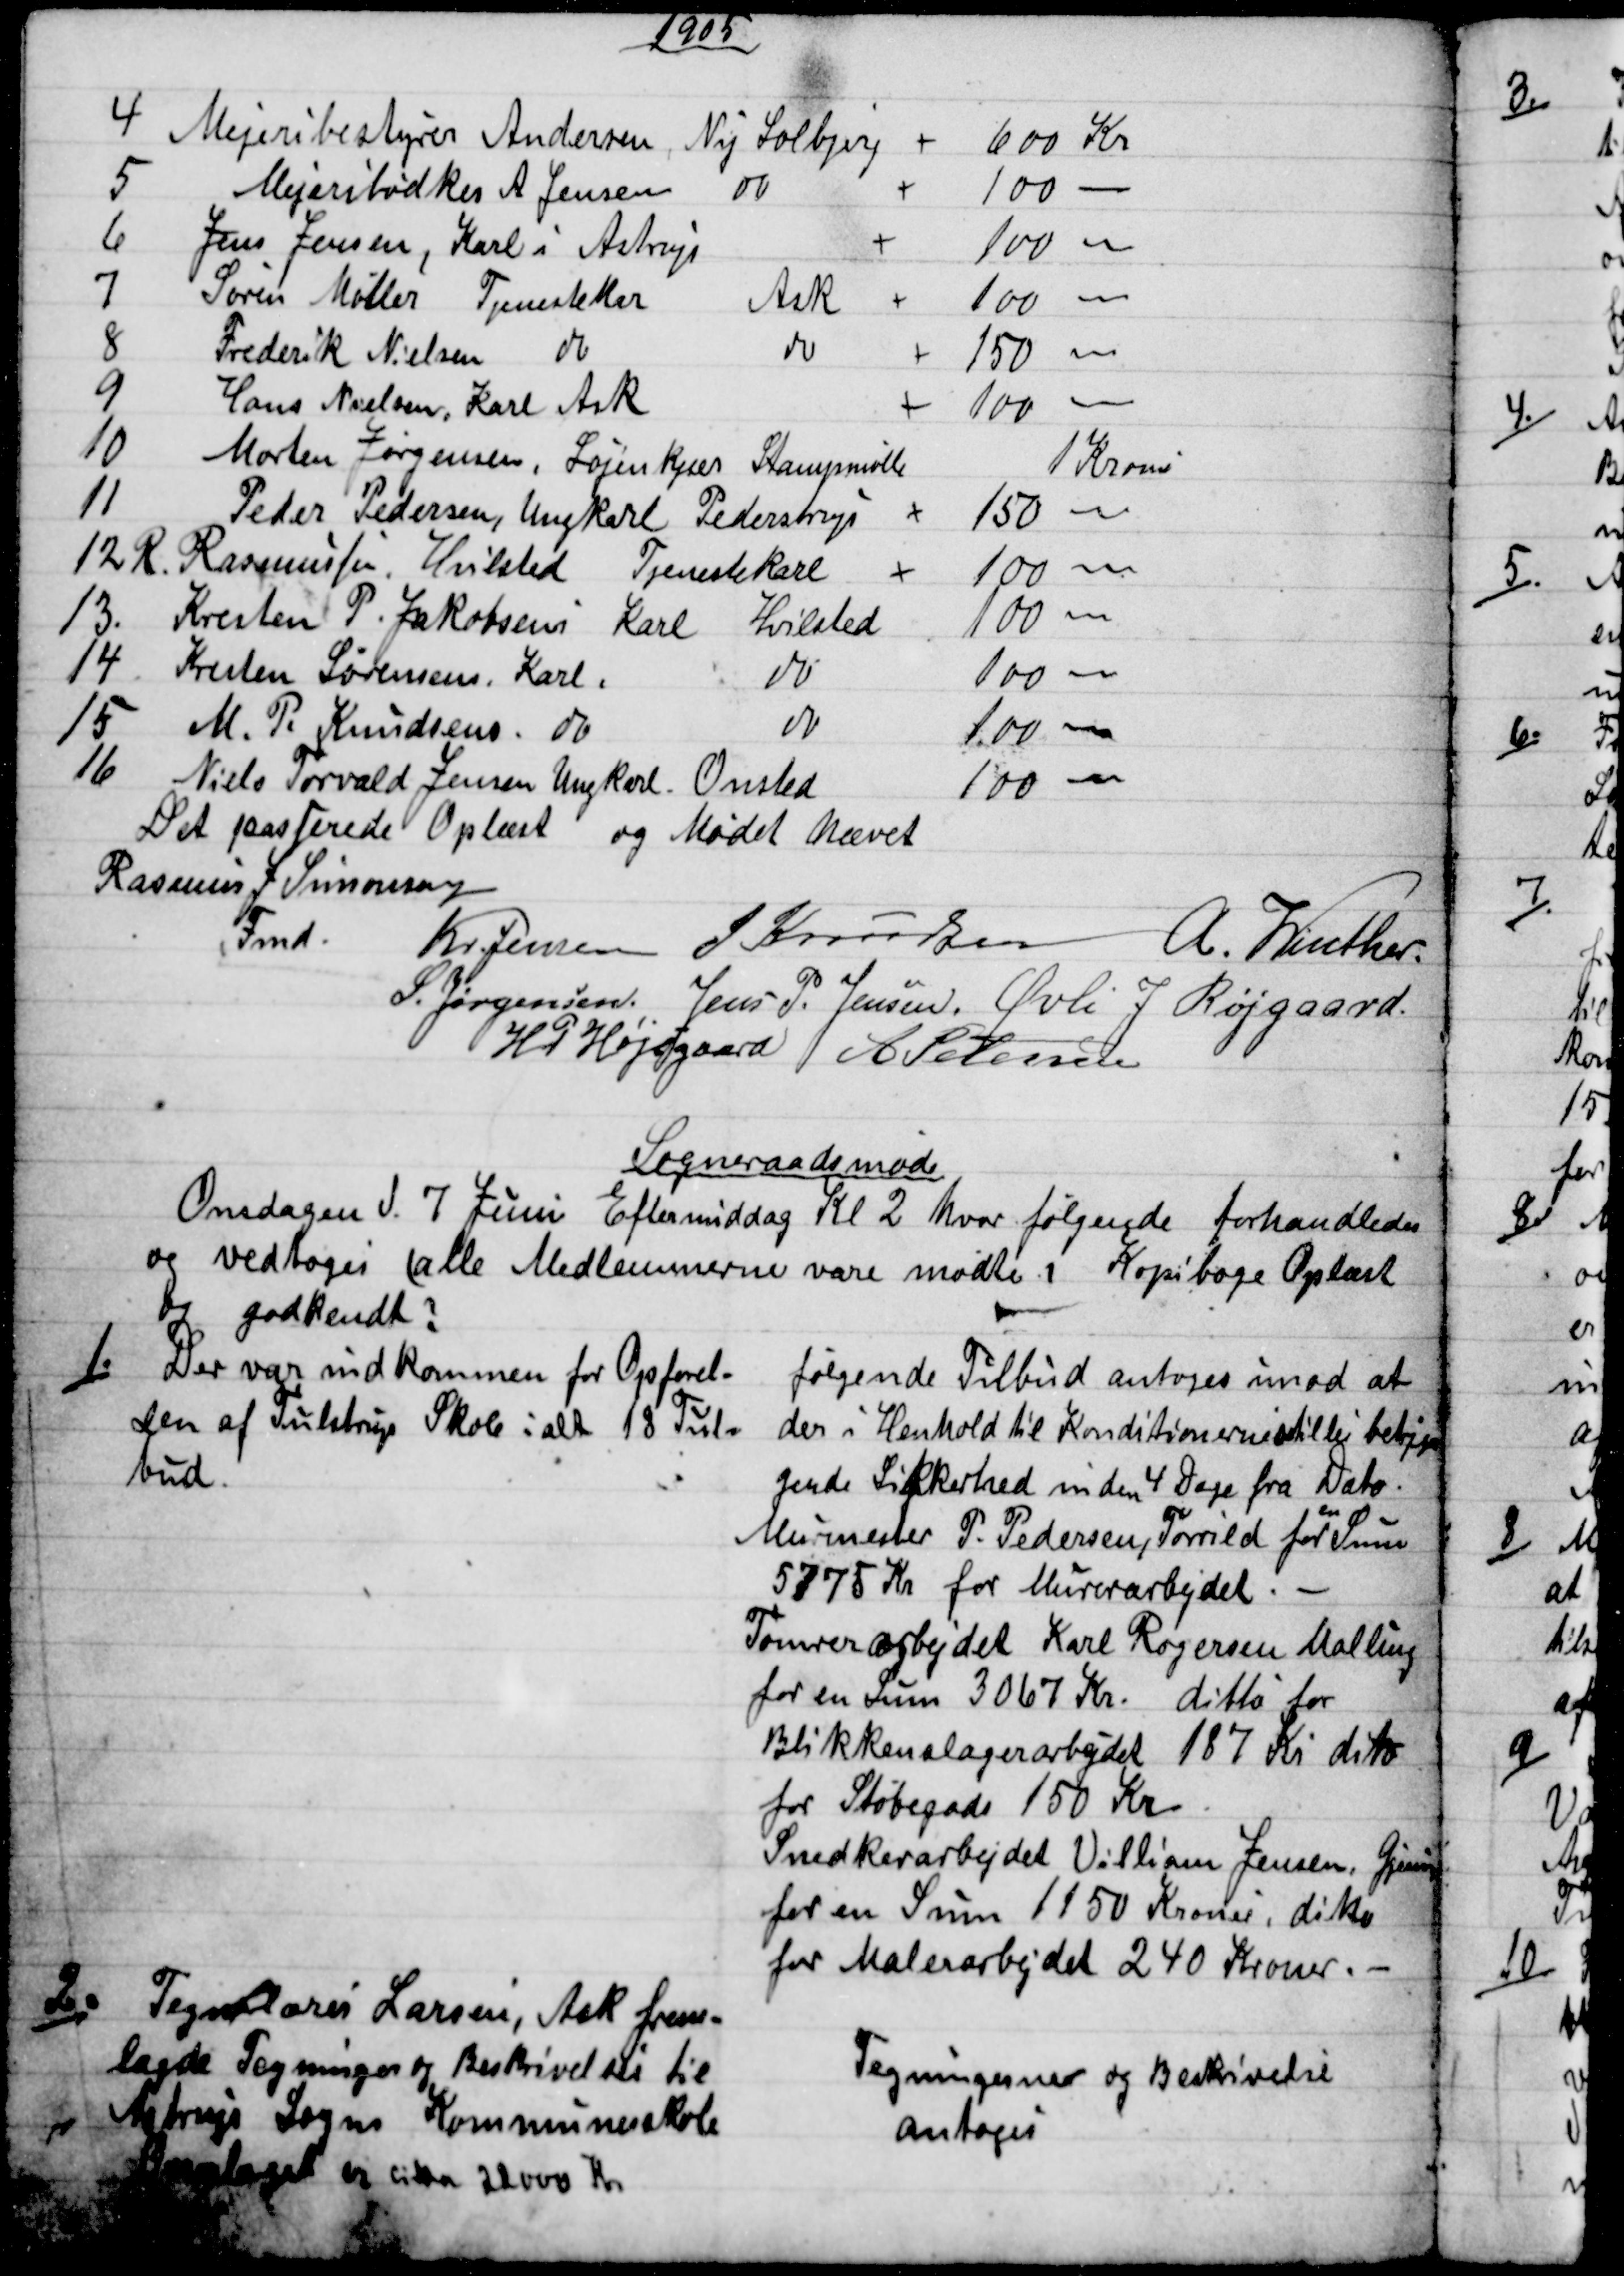
Transskription:
1905
4
Mejeribestyrer Andersen
Ny Solbjerg    
600 Kr
5
Mejeribødker A Jensen
do
100  
6
Jens Jensen, Karl i Astrup
100  
7
Søren Møller Tjenestekar
Ask
100  
8
Frederik Nielsen
do
do
150  
9
Hans Nielsen, Karl Ask
100  
10
Morten Jørgensen, Løjenkjær Stampemølle
1 Krone
11
Peder Pedersen, Ungkarl Pederstrup
150  
12 R. Rasmussen. Hvilsted Tjenestekarl
100  
13.
Kresten P. Jakobsens Karl Hvilsted
100  
14
Kresten Sørensens, Karl
do
100  
15 
M. P. Knudsens  do
 do
100  
16 
Niels Torvald Jensen Ungkarl. Onsted
100  
Det passerede Oplæst og Mødet hævet
Rasmus J Simonsen
Fmd.
Kr. Jensen J Knudsen A. Winther.
S. Jørgensen. Jens P. Jensen. Øvli J Røjgaard.
H P Højsgaard A Petersen
Sogneraadsmøde
Onsdagen d. 7 Juni Eftermiddag Kl 2 hvor følgende forhandledes
og vedtoges (alle Medlemmerne vare mødte; Kopiboge Oplæst
og godkendt ?
1.)
Der var indkommen for Opførel-
sen af Tulstrup Skole i alt 18 Tul-
bud.
følgende Tilbud antoges imod at
der i Henhold til Konditionerne stilles betryg
gende Sikkerhed inden 4 Dage fra Dato.
Murmester P. Pedersen, Torrild for
en
Sum
5775 Kr for Murerarbejdet. 
Tømrerarbejdet Karl Rogersen Malling
for en Sum 3067 Kr. ditto for
Blikkenslagerarbejdet 187 Kr dito
for Støbegods 150 Kr.
Snedkerarbejdet Villiam Jensen, Gjesing
for en Sum 1150 Kroner, ditto
for Malerarbejdet 240 Kroner.  
2).  
Tegnelærer Larsen, Ask frem-
lagde Tegninger og Beskrivelser til
Astrup Sogns Kommunesskole
Overslaget er cirka 22000 Kr.
Tegningerne og Beskrivelse
antoges